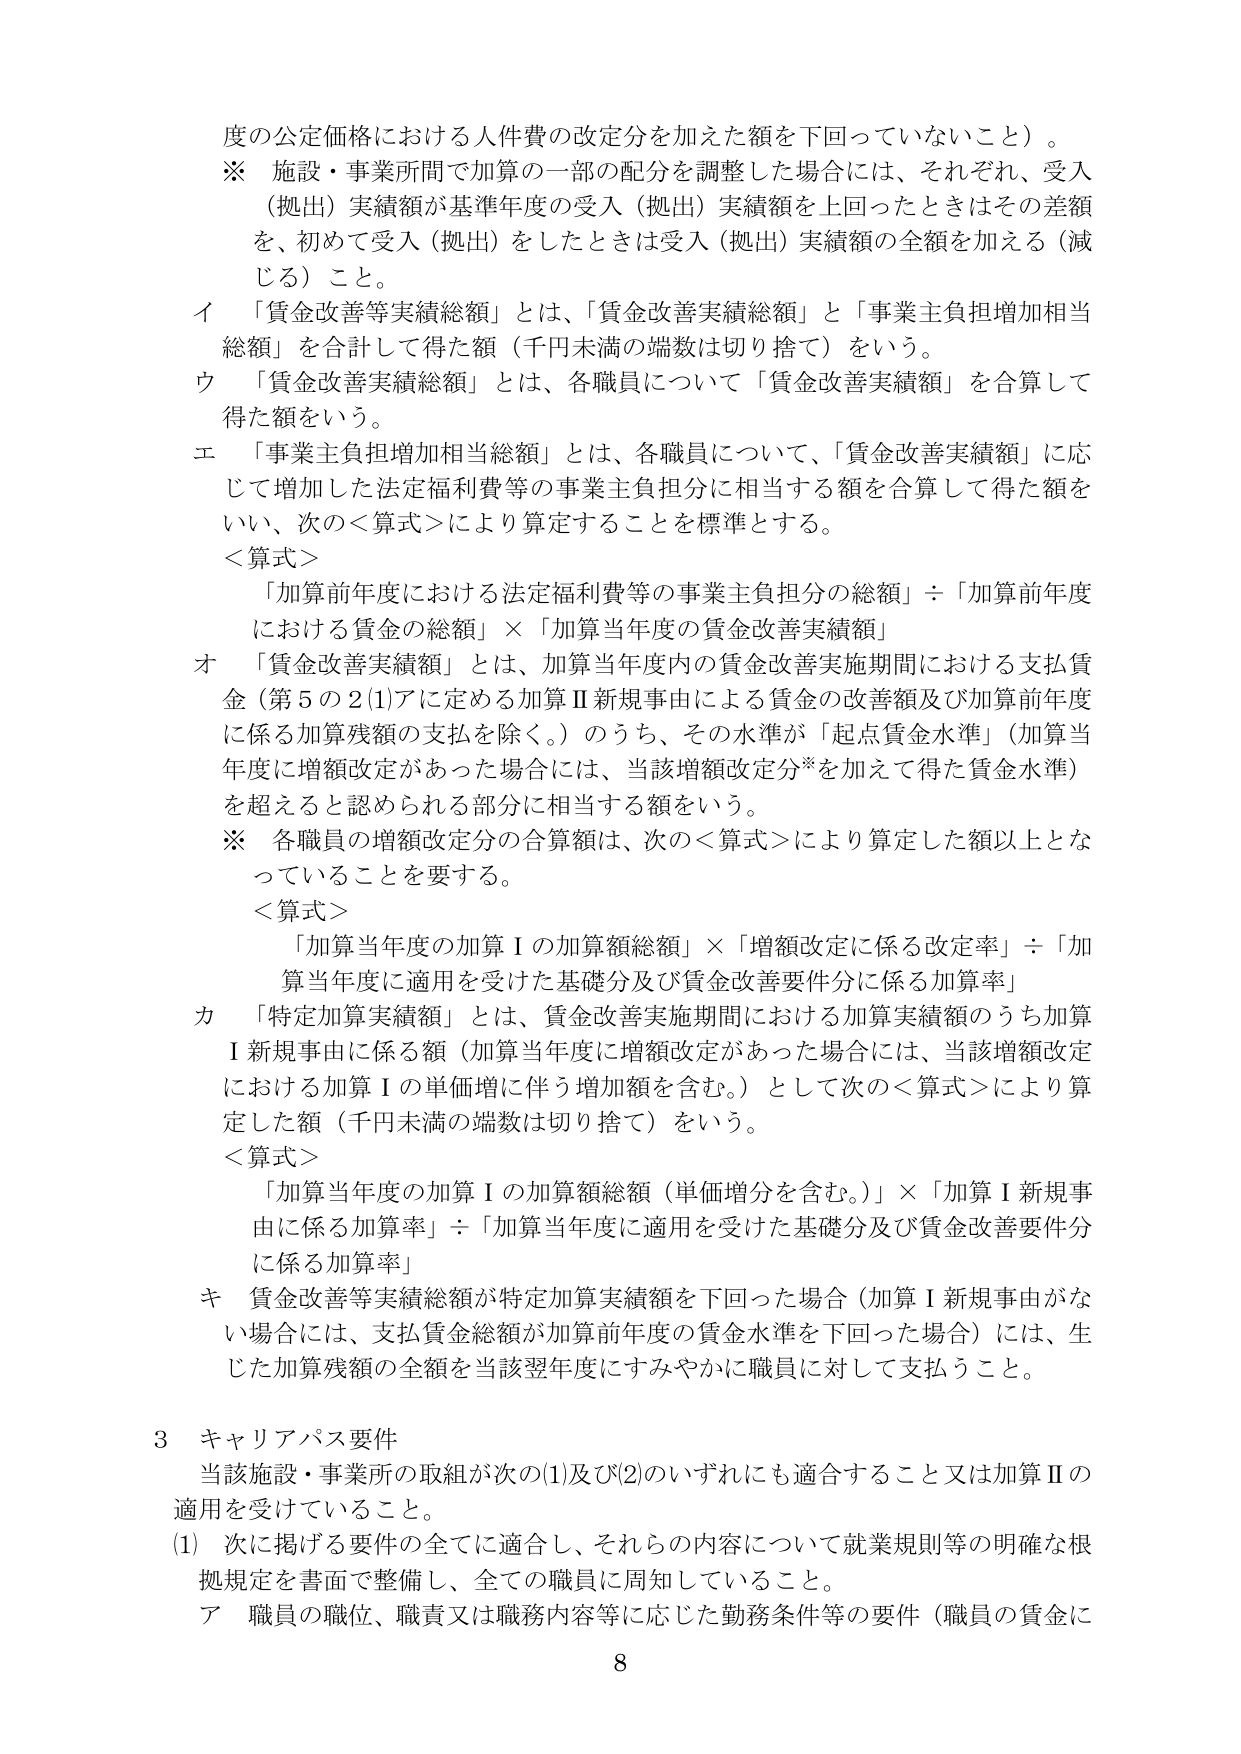
度の公定価格における人件費の改定分を加えた額を下回っていないこと）。
※ 施設・事業所間で加算の一部の配分を調整した場合には、それぞれ、受入（拠出）実績額が基準年度の受入（拠出）実績額を上回ったときはその差額を、初めて受入（拠出）をしたときは受入（拠出）実績額の全額を加える（減じる）こと。
イ 「賃金改善等実績総額」とは、「賃金改善実績総額」と「事業主負担増加相当総額」を合計して得た額（千円未満の端数は切り捨て）をいう。
ウ 「賃金改善実績総額」とは、各職員について「賃金改善実績額」を合算して得た額をいう。
エ 「事業主負担増加相当総額」とは、各職員について、「賃金改善実績額」に応じて増加した法定福利費等の事業主負担分に相当する額を合算して得た額をいい、次の＜算式＞により算定することを標準とする。
＜算式＞
「加算前年度における法定福利費等の事業主負担分の総額」÷「加算前年度における賃金の総額」×「加算当年度の賃金改善実績額」
オ 「賃金改善実績額」とは、加算当年度内の賃金改善実施期間における支払賃金（第5の2(1)アに定める加算Ⅱ新規事由による賃金の改善額及び加算前年度に係る加算残額の支払を除く。）のうち、その水準が「起点賃金水準」（加算当年度に増額改定があった場合には、当該増額改定分*を加えて得た賃金水準）を超えると認められる部分に相当する額をいう。
※ 各職員の増額改定分の合算額は、次の＜算式＞により算定した額以上となっていることを要する。
＜算式＞
「加算当年度の加算Ⅰの加算額総額」×「増額改定に係る改定率」÷「加算当年度に適用を受けた基礎分及び賃金改善要件分に係る加算率」
カ 「特定加算実績額」とは、賃金改善実施期間における加算実績額のうち加算Ⅰ新規事由に係る額（加算当年度に増額改定があった場合には、当該増額改定における加算Ⅰの単価増に伴う増加額を含む。）として次の＜算式＞により算定した額（千円未満の端数は切り捨て）をいう。
＜算式＞
「加算当年度の加算Ⅰの加算額総額（単価増分を含む。）」×「加算Ⅰ新規事由に係る加算率」÷「加算当年度に適用を受けた基礎分及び賃金改善要件分に係る加算率」
キ 賃金改善等実績総額が特定加算実績額を下回った場合（加算Ⅰ新規事由がない場合には、支払賃金総額が加算前年度の賃金水準を下回った場合）には、生じた加算残額の全額を当該翌年度にすみやかに職員に対して支払うこと。

3 キャリアパス要件
当該施設・事業所の取組が次の(1)及び(2)のいずれにも適合すること又は加算Ⅱの適用を受けていること。
(1) 次に掲げる要件の全てに適合し、それらの内容について就業規則等の明確な根拠規定を書面で整備し、全ての職員に周知していること。
ア 職員の職位、職責又は職務内容等に応じた勤務条件等の要件（職員の賃金に
8